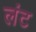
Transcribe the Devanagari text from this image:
लंट